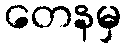
တေနမှ